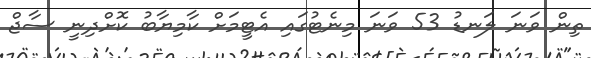
ތިން ވަނަ ލަނޑު 53 ވަނަ މިނެޓުގައި އެޓީމަށް ކާމިޔާބު ކޮށްދިނީ ސާޖް